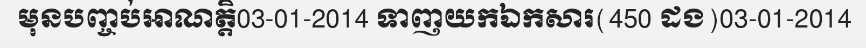
មុនបញ្ចប់អាណត្តិ03-01-2014 ទាញយកឯកសារ(450 ដង)03-01-2014